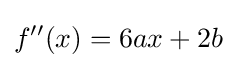
f''(x)=6ax+2b